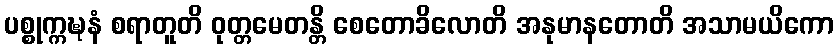
ပစ္စုက္ကဍ္ဎနံ စရာတူတိ ဝုတ္တမေတန္တိ စေတောခိလောတိ အနုမာနတောတိ အသာမယိကော